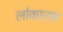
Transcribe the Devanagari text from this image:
लोकालय